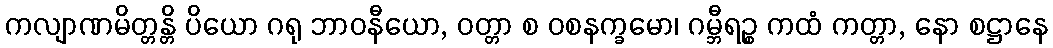
ကလျာဏမိတ္တန္တိ ပိယော ဂရု ဘာဝနီယော, ဝတ္တာ စ ဝစနက္ခမော၊ ဂမ္ဘီရဉ္စ ကထံ ကတ္တာ, နော စဋ္ဌာနေ